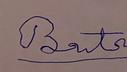
Signature authenticity: forged